Vaccination in Bombay 1874-1876 - 1874-1876
Year: 1874
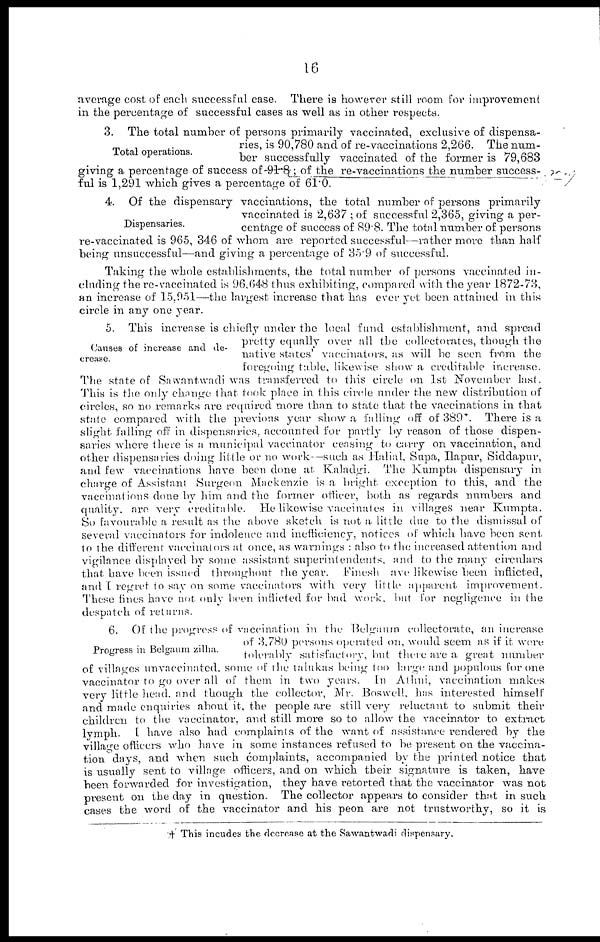
16
average cost of each successful case. There is however still room for improvement
in the percentage of successful cases as well as in other respects.
Total operations.
3. The total number of persons primarily vaccinated, exclusive of dispensa-
ries, is 90,780 and of re-vaccinations 2,266. The num-
ber successfully vaccinated of the former is 79,683
giving a percentage of success of 91.8 ; of the re-vaccinations the number success-
ful is 1,291 which gives a percentage of 61.0.
Dispensaries.
4. Of the dispensary vaccinations, the total number of persons primarily
vaccinated is 2,637 ; of successful 2,365, giving a per-
centage of success of 89.8. The total number of persons
re-vaccinated is 965, 346 of whom are reported successful—rather more than half
being unsuccessful—and giving a percentage of 35.9 of successful.
Taking the whole establishments, the total number of persons vaccinated in-
cluding the re-vaccinated is 96,648 thus exhibiting, compared with the year 1872-73,
an increase of 15,951—the largest increase that has ever yet been attained in this
circle in any one year.
Causes of increase and de-
crease.
5. This increase is chiefly under the local fund establishment, and spread
pretty equally over all the collectorates, though the
native states' vaccinators, as will be seen from the
foregoing table, likewise show a creditable increase.
The state of Sawantwadi was transferred to this circle on 1st November last.
This is the only change that took place in this circle under the new distribution of
circles, so no remarks are required more than to state that the vaccinations in that
state compared with the previous year show a falling off of 389. There is a
slight falling off in dispensaries, accounted for partly by reason of those dispen-
saries where there is a municipal vaccinator ceasing to carry on vaccination, and
other dispensaries doing little or no work—such as Halial, Supa, Hapur, Siddapur,
and few vaccinations have been done at Kaladgi. The Kumpta dispensary in
charge of Assistant Surgeon Mackenzie is a bright exception to this, and the
vaccinations done by him and the former officer, both as regards numbers and
quality are very creditable. He likewise vaccinates in villages near Kumpta.
So favourable a result as the above sketch is not a little due to the dismissal of
several vaccinators for indolence and inefficiency, notices of which have been sent
to the different vaccinators at once, as warnings : also to the increased attention and
vigilance displayed by some assistant superintendents,and to the many circulars
that have been issued throughout the year. Finesh are likewise been inflicted,
and I regret to say on some vaccinators with very little apparent improvement.
These fines have not only been inflicted for bad work but for negligence in the
despatch of returns.
Progress in Belgaum zilha.
6. Of the progress of vaccination in the Belgaum collectorate, an increase
of 3,780 persons operated on, would seem as if it were
tolerably satisfactory, but there are a great number
of villages unvaccinated. some of the talukas being too large and populous for one
vaccinator to go over all of them in two years. In Athni, vaccination makes
very little head and though the collector, Mr. Boswell. has interested himself
and made enquiries about it, the people are still very reluctant to submit their
children to the vaccinator. and still more so to allow the vaccinator to extract
lymph. I have also had complaints of the want of assistance rendered by the
village officers who have in some instances refused to be present on the vaccina-
tion days, and when such complaints, accompanied by the printed notice that
is usually sent to village officers and on which their signature is taken, have
been forwarded for investigation, they have retorted that the vaccinator was not
present on the day in question. The collector appears to consider that in such
cases the word of the vaccinator and his peon are not trustworthy, so it is
† This incudes the decrease at the Sawantwadi dispensary.